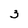
Character: 3